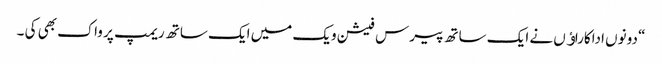
“ دونوں اداکاراﺅں نے ایک ساتھ پیرس فیشن ویک میں ایک ساتھ ریمپ پر واک بھی کی ۔